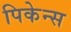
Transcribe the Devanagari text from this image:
पिकेन्स